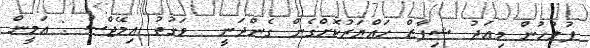
ފުލުހުން މިއަދު ޝިފާޒް ހައްޔަރުކޮށްގެން ގެންދަނީ  ވަގުތު އިމޭޖްސް : އަމީން